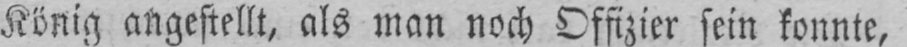
König angestellt, als man noch Offizier sein konnte,